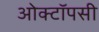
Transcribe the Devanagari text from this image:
ओक्टॉपसी